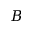
B